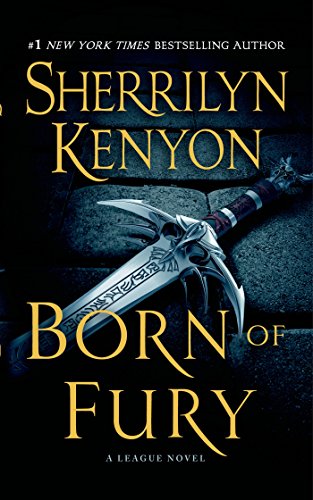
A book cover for Born of Fury (The League: Nemesis Rising); Sherrilyn Kenyon; Romance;